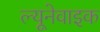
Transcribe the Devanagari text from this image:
ल्यूनेवाइक